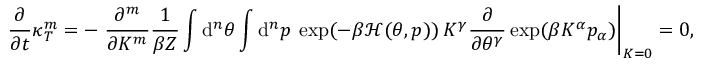
\frac { \partial } { \partial t } \kappa _ { T } ^ { m } = - \left. \frac { \partial ^ { m } } { \partial K ^ { m } } \frac { 1 } { \beta Z } \int \mathrm { d } ^ { n } \theta \int \mathrm { d } ^ { n } p \: \exp ( - \beta \mathcal { H } ( \theta , p ) ) \: K ^ { \gamma } \frac { \partial } { \partial \theta ^ { \gamma } } \exp ( \beta K ^ { \alpha } p _ { \alpha } ) \right| _ { K = 0 } = 0 ,